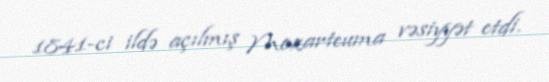
1841-ci ildə açılmış Mozarteuma vəsiyyət etdi.